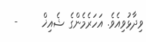
ވިދާޅުވިއެވެ. އަހަރެމެންގެ ޝެއިޚް     -